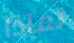
لماذا